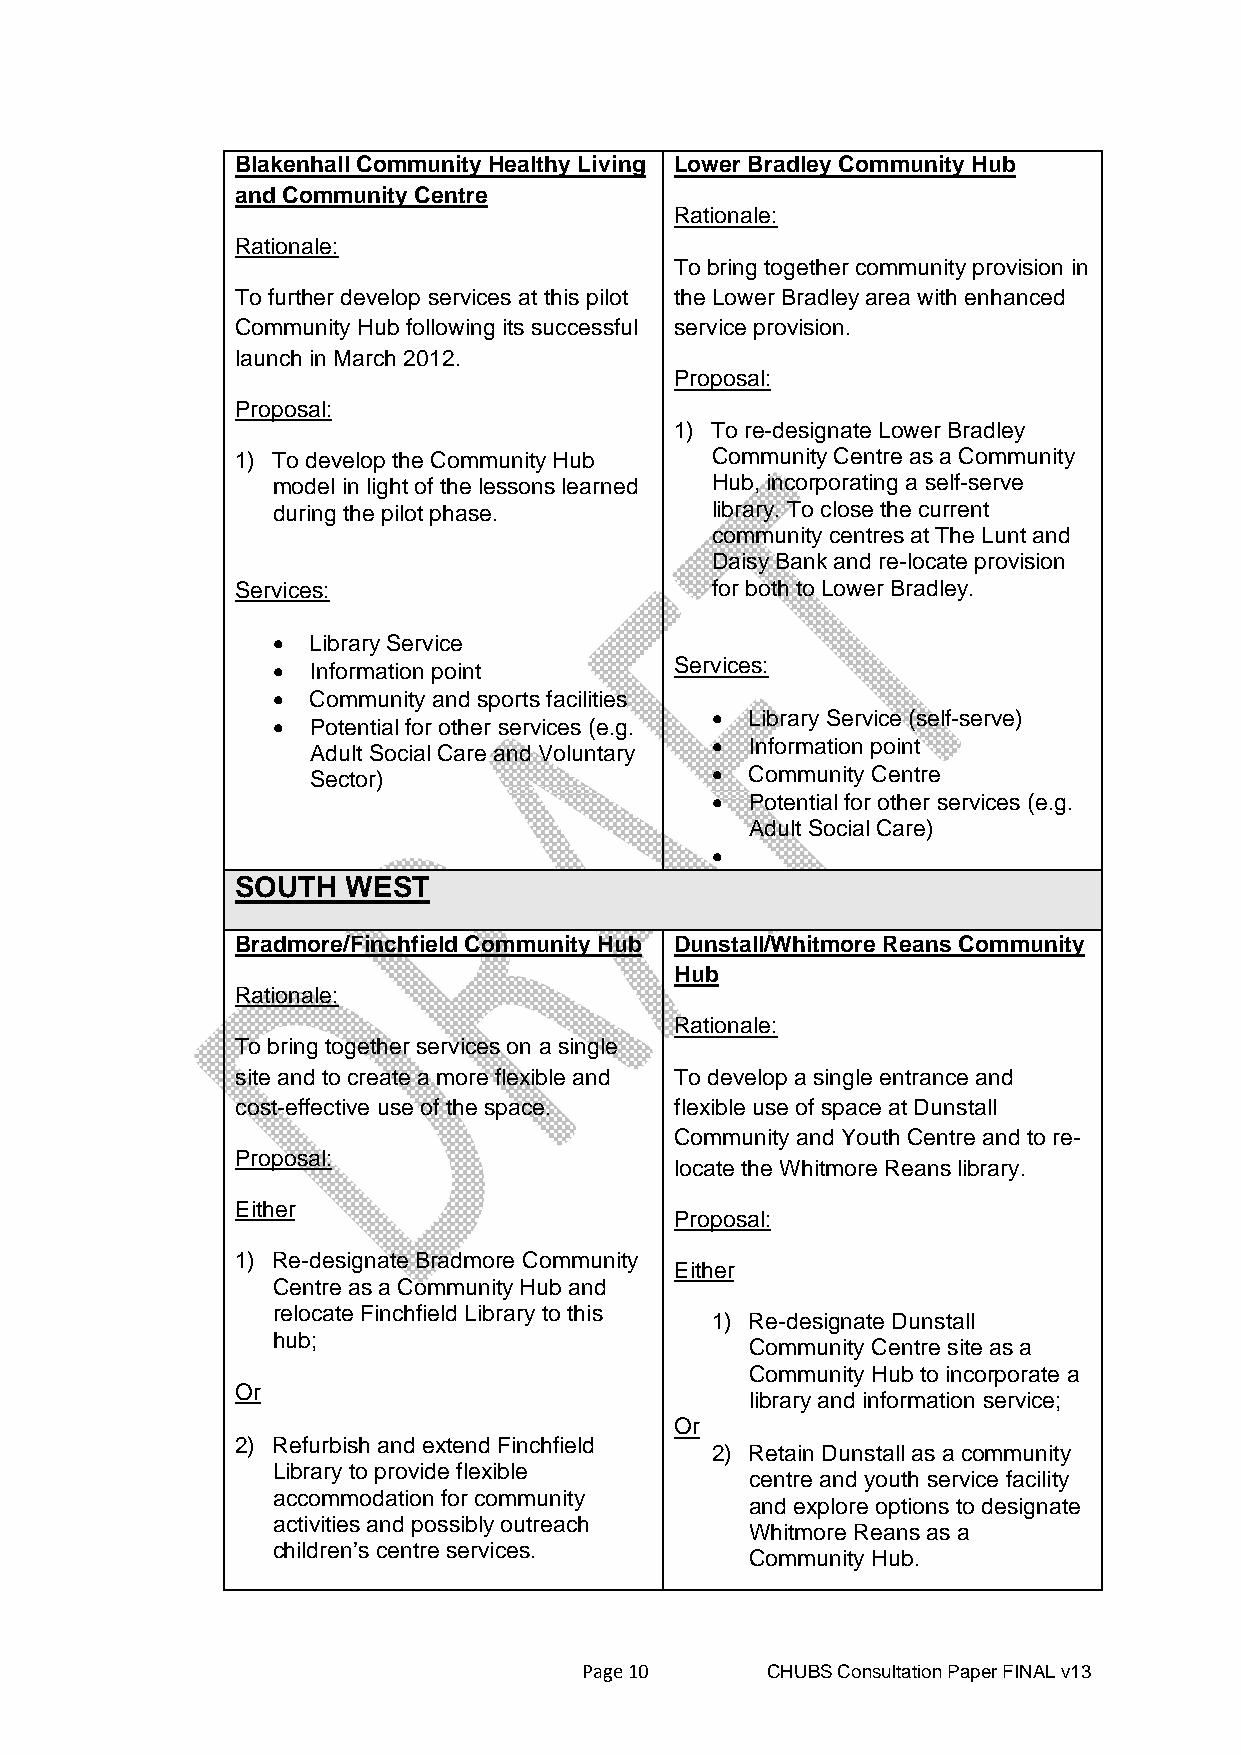
Blakenhall Community Healthy Living Lower Bradley Community Hub
 and Community Centre
 Rationale:
 Rationale:
 To bring together community provision in
 To further develop services at this pilot the Lower Bradley area with enhanced
 Community Hub following its successful service provision.
 launch in March 2012.
 Proposal:
 Proposal:
 1) To re-designate Lower Bradley
 1) To develop the Community Hub Community Centre as a Community
 model in light of the lessons learned Hub, incorporating a self-serve
 during the pilot phase.      library. To close the current
 community centres at The Lunt and
 Daisy Bank and re-locate provision
 Services:                      for both to Lower Bradley.
 •  Library Service
 •  Information point       Services:
 •  Community and sports facilities
 •  Library Service (self-serve)
 •  Potential for other services (e.g.
 •  Information point
 Adult Social Care and Voluntary
 Sector)                   •  Community Centre
 •  Potential for other services (e.g.
 Adult Social Care)
 •
 SOUTH  WEST
 Bradmore/Finchfield Community Hub Dunstall/Whitmore Reans Community
 Hub
 Rationale:
 Rationale:
 To bring together services on a single
 site and to create a more flexible and To develop a single entrance and
 cost-effective use of the space. flexible use of space at Dunstall
 Community and Youth Centre and to re-
 Proposal:
 locate the Whitmore Reans library.
 Either
 Proposal:
 1) Re-designate Bradmore Community
 Either
 Centre as a Community Hub and
 relocate Finchfield Library to this
 1) Re-designate Dunstall
 hub;
 Community Centre site as a
 Community Hub to incorporate a
 Or
 library and information service;
 Or
 2) Refurbish and extend Finchfield
 2) Retain Dunstall as a community
 Library to provide flexible
 centre and youth service facility
 accommodation for community
 and explore options to designate
 activities and possibly outreach
 Whitmore Reans as a
 children’s centre services.
 Community Hub.
 Page 10     CHUBS Consultation Paper FINAL v13